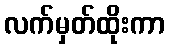
လက်မှတ်ထိုးကာ